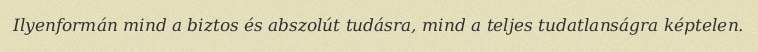
Ilyenformán mind a biztos és abszolút tudásra, mind a teljes tudatlanságra képtelen.